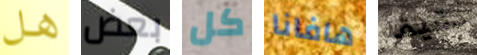
هل بعض كل هافانا دقيقه